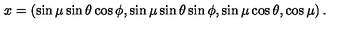
x = \left( \sin \mu \sin \theta \cos \phi , \sin \mu \sin \theta \sin \phi , \sin \mu \cos \theta , \cos \mu \right) .